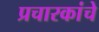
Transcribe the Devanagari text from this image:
प्रचारकांचे